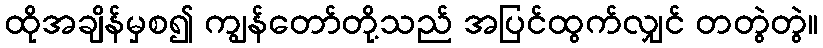
ထိုအချိန်မှစ၍ ကျွန်တော်တို့သည် အပြင်ထွက်လျှင် တတွဲတွဲ။